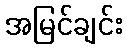
အမြင်ချင်း